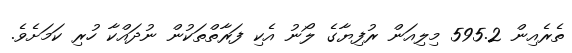
ތެރެއިން 595.2 މިލިއަން ރުފިޔާގެ ލޯނު އެކި ފަރާތްތަކުން ނުދައްކާ ހުރި ކަމަށެވެ.